Civil Veterinary Department Bihar reports 1940-50 - 1940-1950
Year: 1940
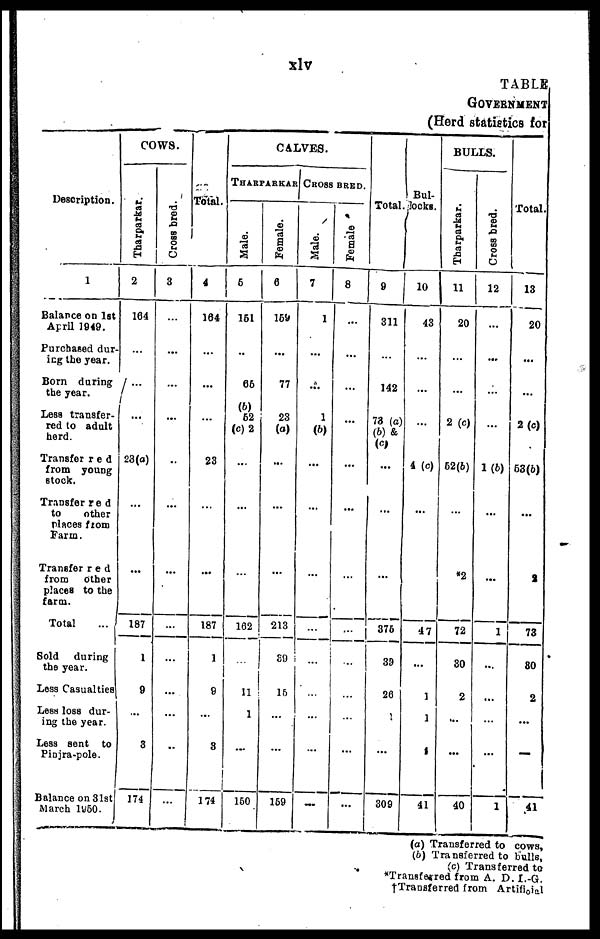
xlv
TABLE
GOVERMENT
(Herd statistics for
Description.
1
Balance on 1st
April 1949.
Purchased dur-
ing the year.
Born during
the year.
Less transfer-
red to adult
herd.
Transfer red
from young
stock.
Transferred
to
other
places from
Farm.
Transferred
from
Other
places to the
farm.
Total
Sold
during
the year.
Less Casualties
Less loss dur-
ing the year.
Less sent to
Pinjra-pole.
Balance on 31st
March 1950.
COWS.
Thar par kar .
2
164
...
...
…
28(a)
…
…
187
1
9
...
3
174
Cr os s bred.
3
…
...
...
...
..
…
…
…
…
...
…
…
…
Total.
4
164
…
...
...
23
…
…
187
1
9
…
3
174
CALVES.
THARP
ARKAR
Male.
5
161
…
66
(b)
62
(c)2
...
…
…
162
…
11
1
…
150
Female.
6
159
…
77
23
(a)
...
…
…
213
39
16
…
…
159
CROSS
BRED.
Male.
7
1
...
...
1
(b)
...
…
…
…
…
…
…
…
…
Female
8
…
…
…
...
...
…
…
…
…
…
…
…
…
Total.
9
311
…
142
73 (a)
(b) &
(c)
...
…
…
376
39
26
1
…
309
Bul-
locks.
10
43
…
…
...
4 (c)
…
…
47
…
1
1
4
41
BULLS.
Tharparkar.
11
20
…
…
2 (c)
52(b)
…
*2
72
30
2
…
…
40
Cr os s bred.
12
…
…
…
…
1(b)
…
…
1
…
...
…
…
1
Total.
13
20
…
…
2 (c)
53(b)
…
2
73
80
2
…
…
41
(a) Transferred to cows,
(b) Transferred to bulls,
(c) Transferred to
*Transferred from A. D. I.-G.
†Transferred from Artifloial